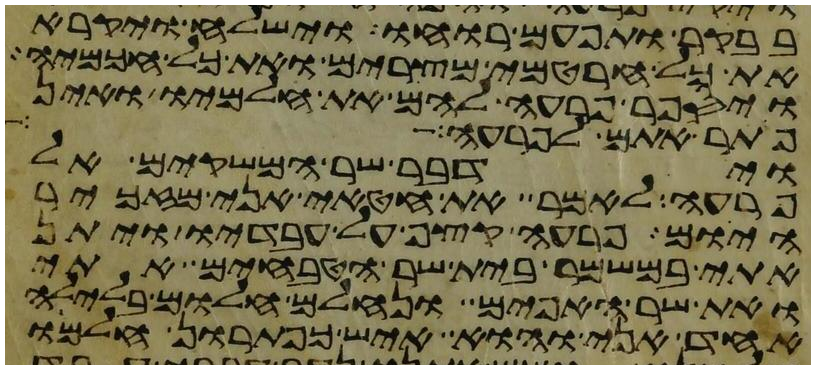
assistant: בבקר ותפעם רוחו וישלח ויקרא
את כל חרטמי מצרים ואת כל חכמיה
ויספר פרעה להם את חלמיו ואין
פתר אתם לפרעה
וידבר שר המשקים אל
פרעה לאמר את חטאי אני מזכיר
היום פרעה קצף על עבדיו ויתן
אתי במשמר בית שר הטבחים אתי
ואת שר האפים ונחלם חלום בלילה
אחד אני והוא איש כפתרון חלמו